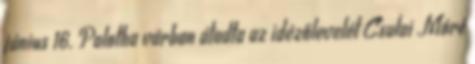
június 16. Palotha várban átadta az idézőlevelét Csulai Móré